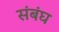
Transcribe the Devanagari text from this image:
संबंघ